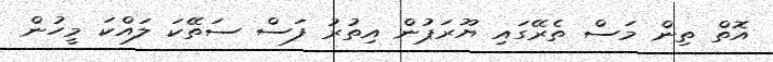
އޮތް ތިން މަސް ތެރޭގައި ޔޫރަޕުން އިތުރު ފަސް ސަތޭކަ ލައްކަ މީހުން